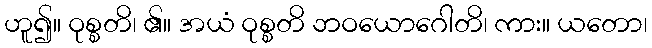
ဟူ၍။ ဝုစ္စတိ၊ ၏။ အယံ ဝုစ္စတိ ဘဝယောဂေါတိ၊ ကား။ ယတော၊